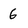
Character: 6